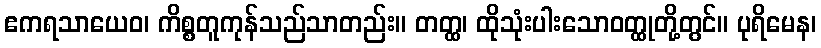
ဧကရသာယေဝ၊ ကိစ္စတူကုန်သည်သာတည်း။ တတ္ထ၊ ထိုသုံးပါးသောဝတ္ထုတို့တွင်။ ပုရိမေန၊